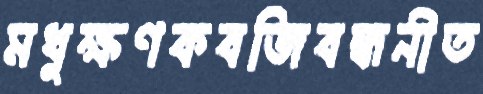
মধুক্ষণকবজিবন্ধনীত